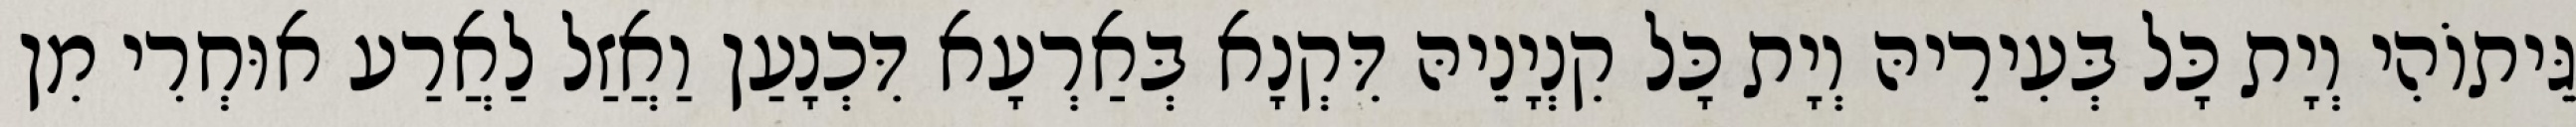
גֵּיתוֹהִי וְיָת כָּל בְּעִירֵיהּ וְיָת כָּל קִנְיָנֵיהּ דִּקְנָא בְּאַרְעָא דִּכְנָעַן וַאֲזַל לַאֲרַע אוּחְרִי מִן